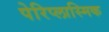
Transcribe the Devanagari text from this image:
पेरिप्लास्मिक